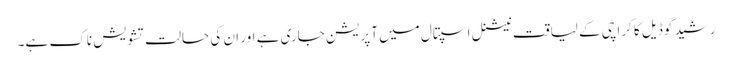
رشید گوڈیل کا کراچی کے لیاقت نیشنل اسپتال میں آپریشن جاری ہے اور ان کی حالت تشویش ناک ہے۔